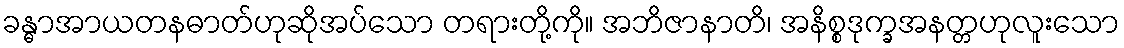
ခန္ဓာအာယတနဓာတ်ဟုဆိုအပ်သော တရားတို့ကို။ အဘိဇာနာတိ၊ အနိစ္စဒုက္ခအနတ္တဟုလူးသော